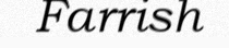
Farrish